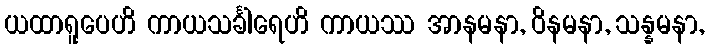
ယထာရူပေဟိ ကာယသင်္ခါရေဟိ ကာယဿ အာနမနာ, ဝိနမနာ, သန္နမနာ,